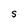
Character: S